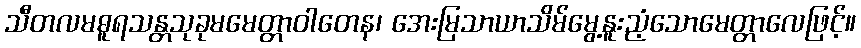
သီတလမဓူရသန္တသုခုမမေတ္တာဝါတေန၊ အေးမြသာယာသိမ်မွေ့နူးညံ့သောမေတ္တာလေဖြင့်။